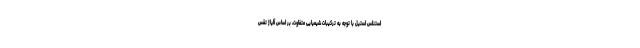
استنلس استیل با توجه به ترکیبات شیمیایی متفاوت، بر اساس آلیاژ تقس